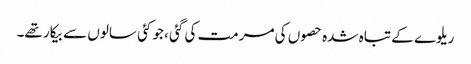
ریلوے کے تباہ شدہ حصوں کی مرمت کی گئی ، جو کئی سالوں سے بیکار تھے۔